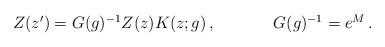
LaTeX: \begin{align*}\begin{array}{cc}Z(z^{\prime})=G(g)^{-1}Z(z)K(z;g)\,,~~~~&~~~~G(g)^{-1}=e^{M}\,.\end{array}\end{align*}